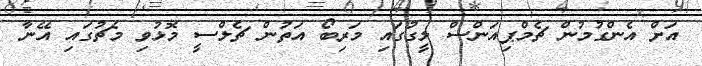
އަށް އެންގުމުން ޗެމްޕިއަންސް ލީގުގައި މަރިބޯ އަތުން ޗެލްސީ މޮޅުވި މެޗުގައި އޭނާ